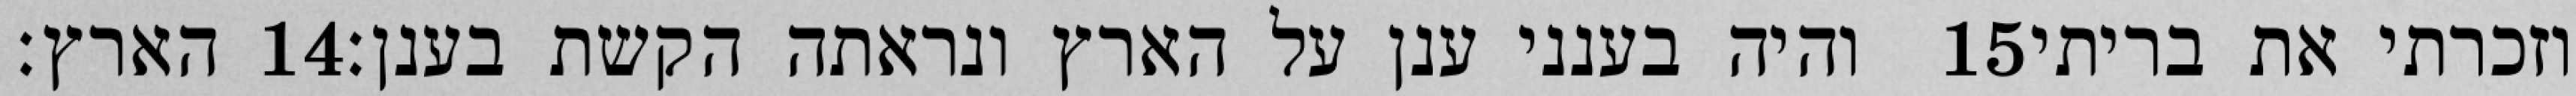
הארץ׃ ‎14‏ והיה בענני ענן על הארץ ונראתה הקשת בענן׃ ‎15‏ וזכרתי את בריתי